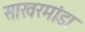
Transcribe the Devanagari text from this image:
साखरमांडा